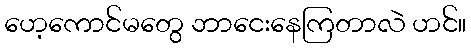
ဟေ့ကောင်မတွေ ဘာငေးနေကြတာလဲ ဟင်။